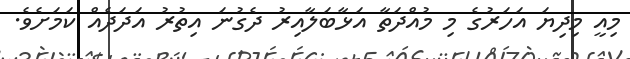
މިއީ މިދިޔަ އަހަރުގެ މި މުއްދަތާ އަޅާބަލާއިރު ދެގުނަ އިތުރު އަދަދެއް ކަމަށެވެ.